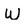
Character: W